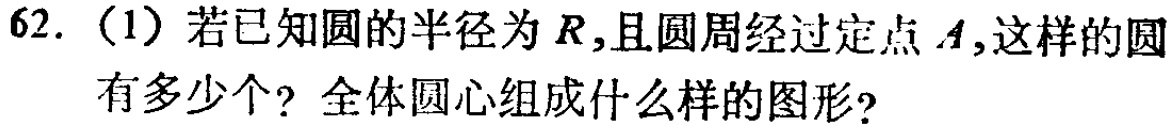
62.（1）若已知圆的半径为\(R\)，且圆周经过定点\(A\)，这样的圆有多少个？全体圆心组成什么样的图形？